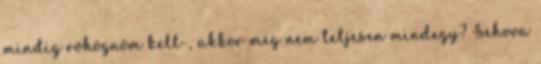
mindig röhögnöm kell-, akkor meg nem teljesen mindegy? Sehova